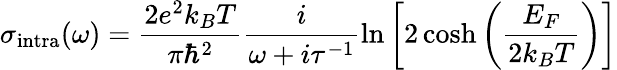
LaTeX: \sigma_{\textrm{intra}}(\omega)=\frac{2e^{2}k_{B}T}{\pi\hbar^{2}}\frac{i}{\omega+i\tau^{-1}}\ln\left[2\cosh\left(\frac{E_{F}}{2k_{B}T}\right)\right]